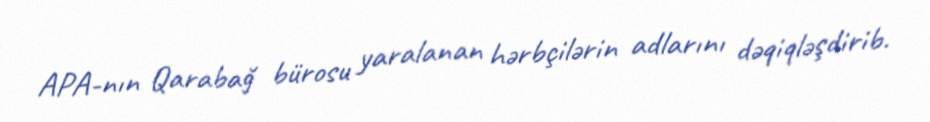
APA-nın Qarabağ bürosu yaralanan hərbçilərin adlarını dəqiqləşdirib.